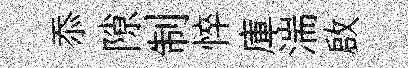
忝隙制悴庫湍啟